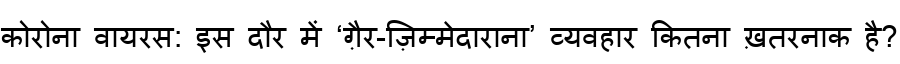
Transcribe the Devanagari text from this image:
कोरोना वायरस: इस दौर में ‘ग़ैर-ज़िम्मेदाराना’ व्यवहार कितना ख़तरनाक है?